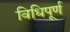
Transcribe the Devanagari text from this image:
विधिपूर्ण